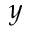
y